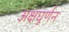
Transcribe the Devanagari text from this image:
अक्षघूर्णन